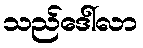
သည်ဒေါ်လာ